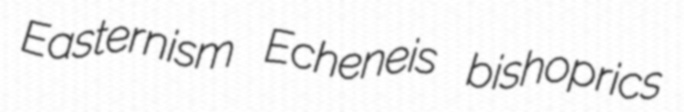
Easternism Echeneis bishoprics